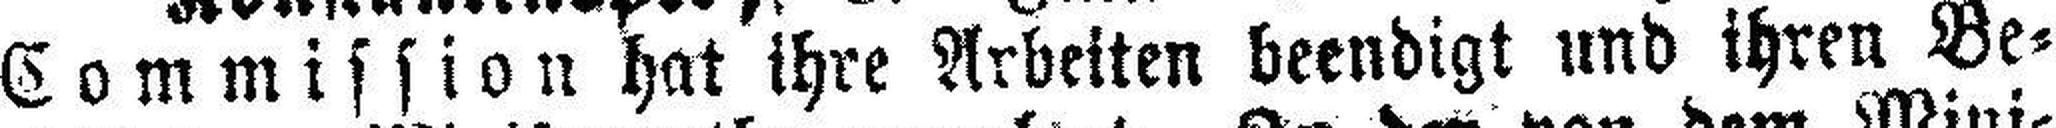
Commission hat ihre Arbeiten beendigt und ihren Be¬